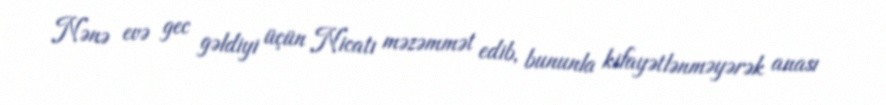
Nənə evə gec gəldiyi üçün Nicatı məzəmmət edib, bununla kifayətlənməyərək anası